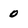
Character: 0